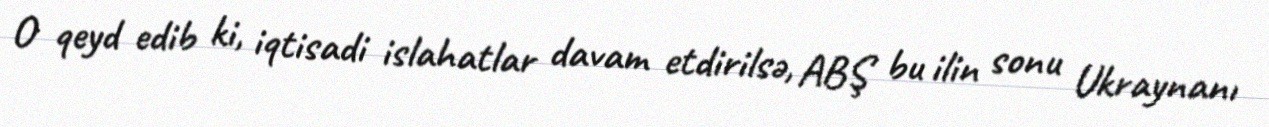
O qeyd edib ki, iqtisadi islahatlar davam etdirilsə, ABŞ bu ilin sonu Ukraynanı